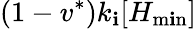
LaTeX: (1-v^{*})k_{\mathbf{i}}[H_{\operatorname*{m\mathbf{i}n}}]